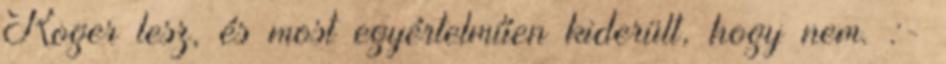
Roger lesz, és most egyértelműen kiderült, hogy nem. :-